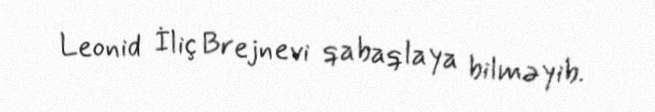
Leonid İliç Brejnevi qabaqlaya bilməyib.